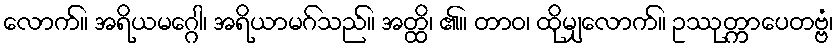
လောက်။ အရိယမဂ္ဂေါ၊ အရိယာမဂ်သည်။ အတ္ထိ၊ ၏။ တာဝ၊ ထိုမျှလောက်။ ဥဿုတ္ကာပေတဗ္ဗံ၊